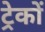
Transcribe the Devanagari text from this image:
ट्रेकों